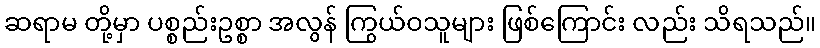
ဆရာမ တို့မှာ ပစ္စည်းဥစ္စာ အလွန် ကြွယ်ဝသူများ ဖြစ်ကြောင်း လည်း သိရသည်။